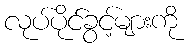
လုပ်ပိုင်ခွင့်များကို